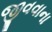
જીવવાના